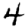
Digit: 4